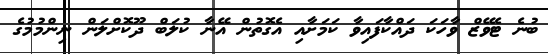
ބުނެ ޓެވޭޒް ވާހަކަ ދައްކާފައިވާ ކަމަށާއި އެގޮތުން އޭނާ ކުލަބް ދޫކޮށްލަން ނިންމުމުގެ